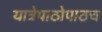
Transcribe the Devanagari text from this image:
यात्रेपाठोपाठच